Leaving Certificate, 1896
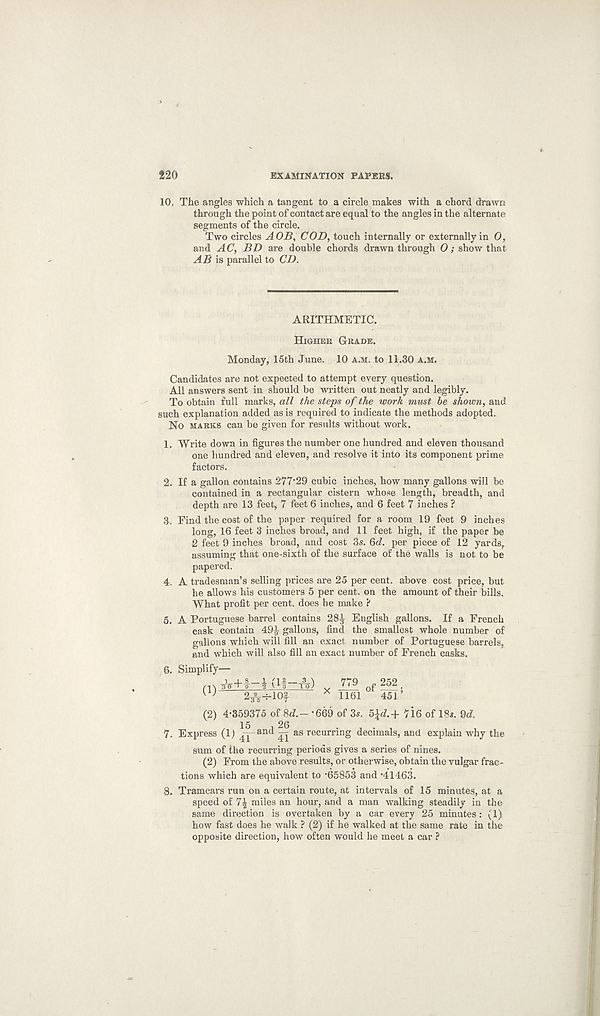
220
EXAMINATION PAPEES.
10. The angles which a tangent to a circle makes with a chord drawn
through the point of contact are equal to the angles in the alternate
segments of the circle.
Two circles AOB, COD, touch internally or externally in 0,
and AC, BD are double chords drawn through 0; show that
AB is parallel to CD.
ARITHMETIC.
Higher Grade.
Monday, 15th June. 10 a.m. to 11.30 a.m.
Candidates are not expected to attempt every question.
All answers sent in should be written out neatly and legibly.
To obtain full marks, all the steps of the work must be shown, and
such explanation added as is required to indicate the methods adopted.
No marks can be given for results without work.
1. Write down in figures the number one hundred and eleven thousand
one hundred and eleven, and resolve it into its component prime
factors.
2. If a gallon contains 277*29 cubic inches, how many gallons will be
contained in a rectangular cistern whose length, breadth, and
depth are 13 feet, 7 feet 6 inches, and 6 feet 7 inches ?
3. Find the cost of the paper required for a room 19 feet 9 inches
long, 16 feet 3 inches broad, and 11 feet high, if the paper be
2 feet 9 inches broad, and cost 3s. 6c?. per piece of 12 yards,
assuming that one-sixth of the surface of the walls is not to be
papered.
4. A tradesman’s selling prices are 25 per cent, above cost price, but
he allows his customers 5 per cent, on the amount of their bills.
What profit per cent, does he make't
5. A Portuguese barrel contains 28^ English gallons. If a French
cask contain 49),- gallons, find the smallest whole number of
gallons which will fill an exact number of Portuguese barrels,
and which will also fill an exact number of French casks.
6. Simplify—
X 779 252
1161 451’
(2) 4*359375 of 8c?.- *669 of 3s. 5\d.+ 7i6 of 18*. 9c?.
7. Express (1) ^ and ^ as recurring decimals, and explain why the
sum of the recurring periods gives a series of nines.
(2) From the above results, or otherwise, obtain the vulgar frac-
tions which are equivalent to *65853 and *41463.
8. Tramcars run on a certain route, at intervals of 15 minutes, at a
speed of 7^ miles an hour, and a man walking steadily in the
same direction is overtaken by a car every 25 minutes: (1)
how fast does he walk ? (2) if he walked at the same rate in the
opposite direction, how often would he meet a car ?